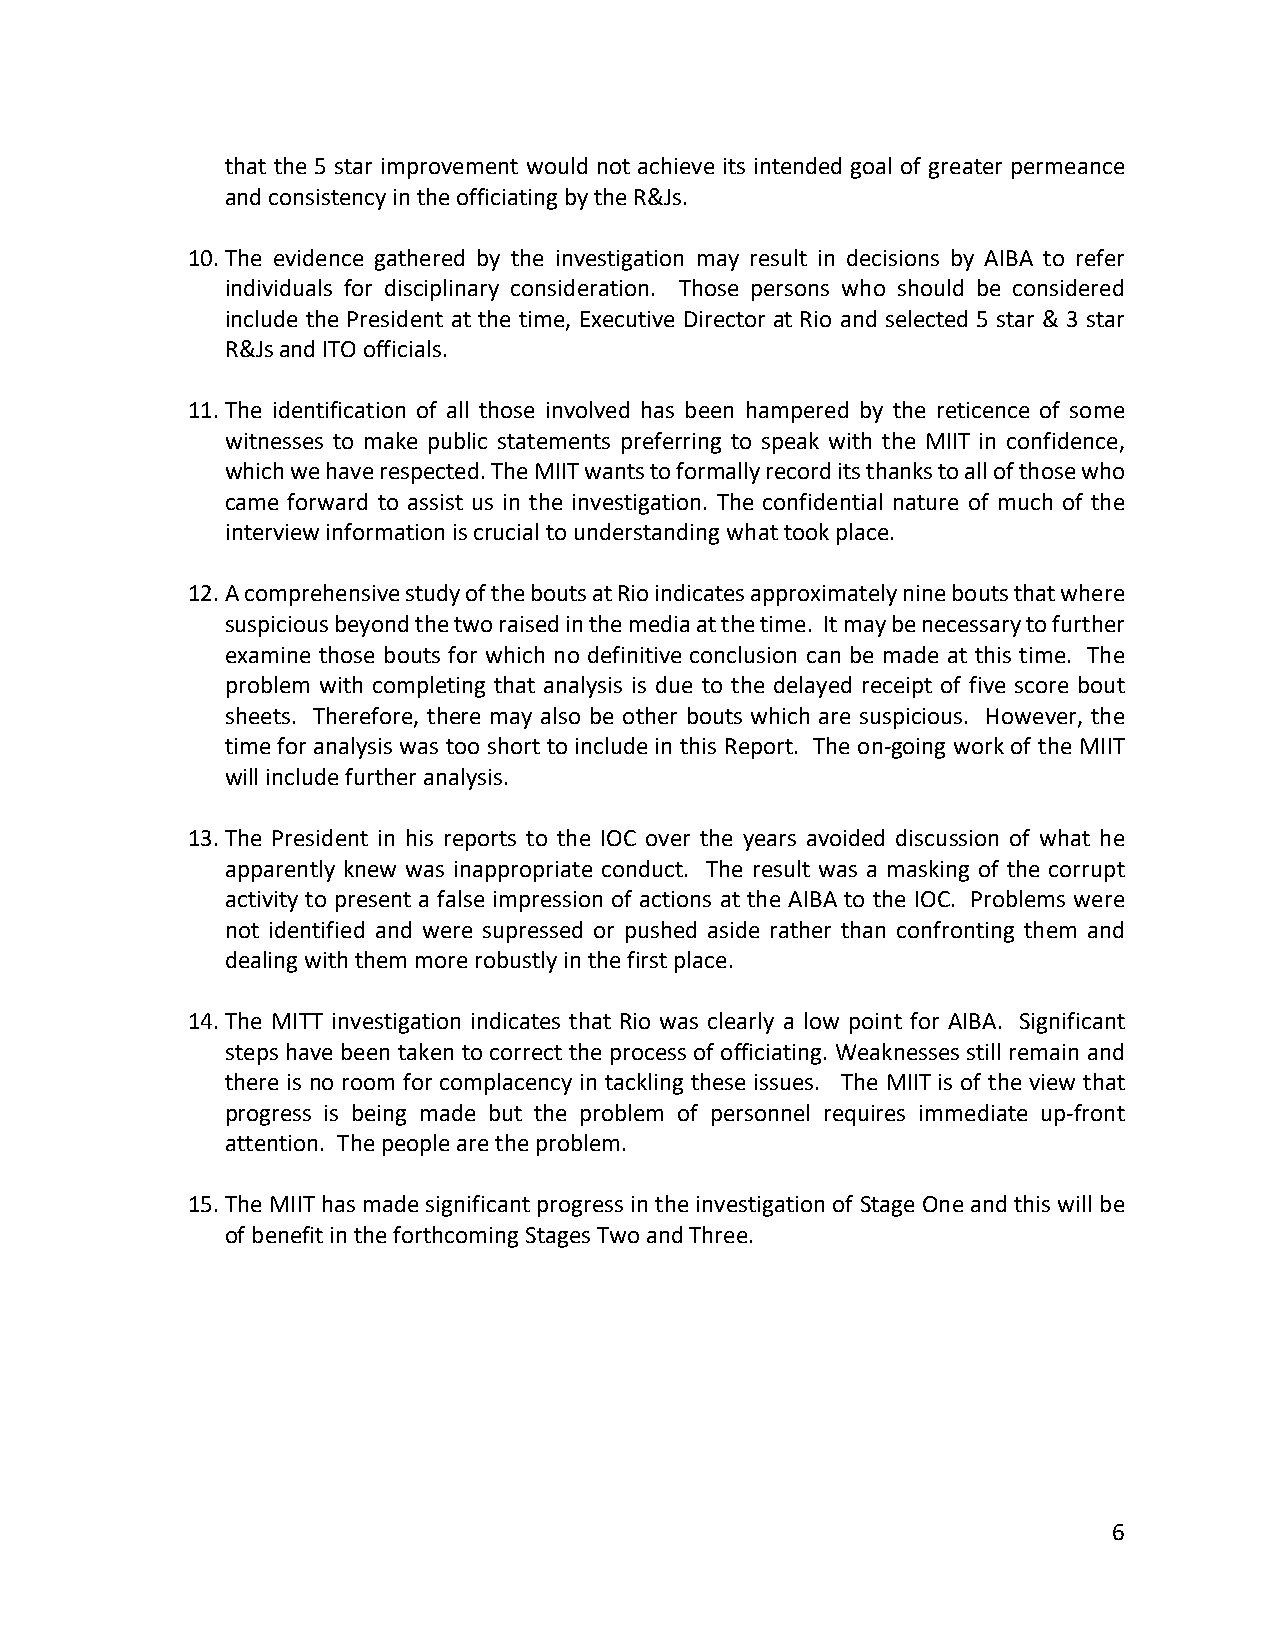
that the 5 star improvement would not achieve its intended goal of greater permeance
 and consistency in the officiating by the R&Js.
 10. The evidence gathered by the investigation may result in decisions by AIBA to refer
 individuals for disciplinary consideration. Those persons who should be considered
 include the President at the time, Executive Director at Rio and selected 5 star & 3 star
 R&Js and ITO officials.
 11. The identification of all those involved has been hampered by the reticence of some
 witnesses to make public statements preferring to speak with the MIIT in confidence,
 which we have respected. The MIIT wants to formally record its thanks to all of those who
 came forward to assist us in the investigation. The confidential nature of much of the
 interview information is crucial to understanding what took place.
 12. A comprehensive study of the bouts at Rio indicates approximately nine bouts that where
 suspicious beyond the two raised in the media at the time. It may be necessary to further
 examine those bouts for which no definitive conclusion can be made at this time. The
 problem with completing that analysis is due to the delayed receipt of five score bout
 sheets. Therefore, there may also be other bouts which are suspicious. However, the
 time for analysis was too short to include in this Report. The on-going work of the MIIT
 will include further analysis.
 13. The President in his reports to the IOC over the years avoided discussion of what he
 apparently knew was inappropriate conduct. The result was a masking of the corrupt
 activity to present a false impression of actions at the AIBA to the IOC. Problems were
 not identified and were supressed or pushed aside rather than confronting them and
 dealing with them more robustly in the first place.
 14. The MITT investigation indicates that Rio was clearly a low point for AIBA. Significant
 steps have been taken to correct the process of officiating. Weaknesses still remain and
 there is no room for complacency in tackling these issues. The MIIT is of the view that
 progress is being made but the problem of personnel requires immediate up-front
 attention. The people are the problem.
 15. The MIIT has made significant progress in the investigation of Stage One and this will be
 of benefit in the forthcoming Stages Two and Three.
 6